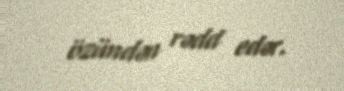
özündən rədd edər.